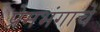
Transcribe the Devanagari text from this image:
प्रेमभंगाचे